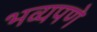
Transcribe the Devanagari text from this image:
भव्यपणे